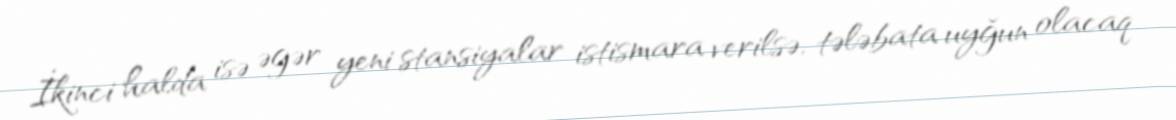
İkinci halda isə əgər yeni stansiyalar istismara verilsə, tələbata uyğun olacaq